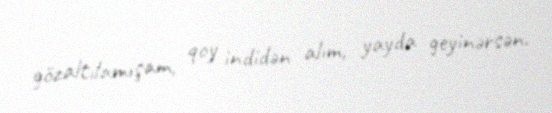
gözaltılamışam, qoy indidən alım, yayda geyinərsən.